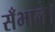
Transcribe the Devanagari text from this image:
सँभाले।